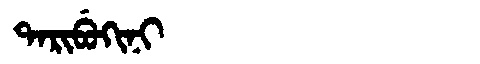
Manchu: ᡨᠠᡵᡳᠪᡠᡴᡳᠨᡳ
Romanization: TARIBUKINI